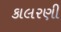
કાલરણી